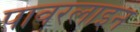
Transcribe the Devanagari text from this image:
पावरलाइन